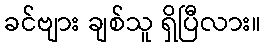
ခင်ဗျား ချစ်သူ ရှိပြီလား။